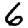
Digit: 6